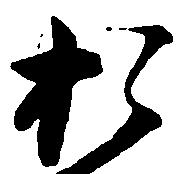
お